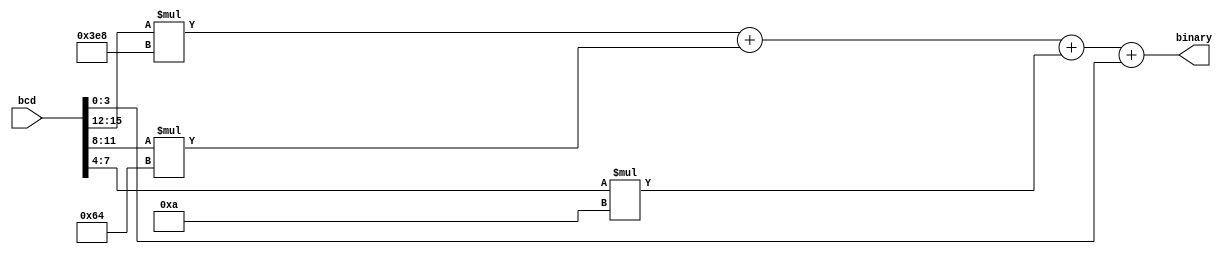
module bcd2bin #(parameter BINARY_LENGTH = 14) (
	input		wire	[15:0]	bcd,
	output	wire	[BINARY_LENGTH-1:0]	binary
	);

	assign	binary	=	bcd[15:12] * 10'd1000 + bcd[11:8] * 7'd100 + bcd[7:4] * 4'd10 + bcd[3:0];

endmodule